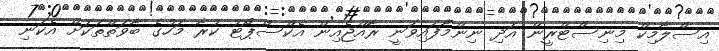
އިސްލާމިކް މިނިސްޓްރީން އަދި ނިންމާފައިވަނީ ރާއްޖެއިން އެކްސްޕޯޓު ކުރާ މަހުގެ ބާވަތްތަކަށް އެކަނި